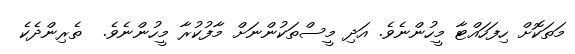
މަތަކޮށް ހިފަހައްޓާ މީހުންނެވެ. އަދި މީސްތަކުންނަށް މާފުކުރާ މީހުންނެވެ.  ތެރިންދެކެ